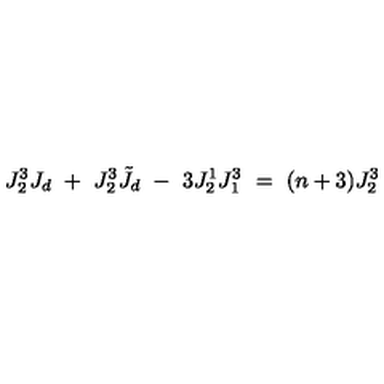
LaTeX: J _ { 2 } ^ { 3 } J _ { d } \ + \ J _ { 2 } ^ { 3 } \tilde { J } _ { d } \ - \ 3 J _ { 2 } ^ { 1 } J _ { 1 } ^ { 3 } \ = \ ( n + 3 ) J _ { 2 } ^ { 3 }